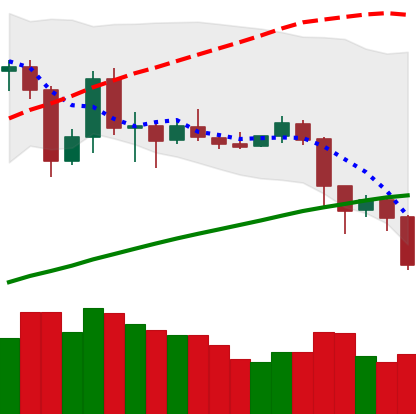
Ticker: LTC-USD
Chart end date: 2019-07-14
Forward return: 9.616%
Label: up_7plus